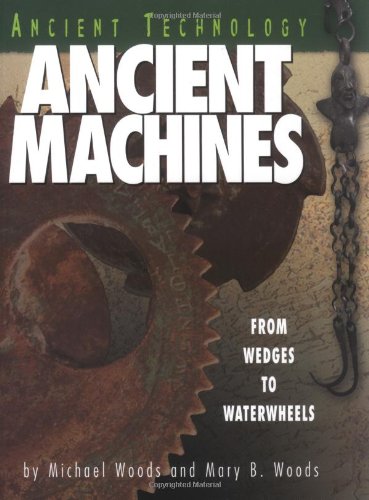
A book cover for Ancient Machines: From Wedges to Waterwheels (Ancient Technology); Michael Woods; Children's Books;